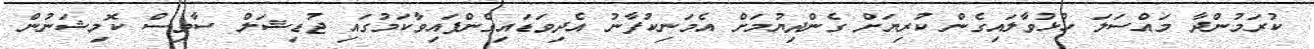
ކުރަމުންދާ މައްސަލަ ހުޅުވާލައިގެން ކުރިޔަށް ގެންދިޔުމަށް އެމަނިކުފާނު އެދިވަޑައިގެންފައިވާކަމުގައި ޖުޑިޝަލް ސާވިސް ކޮމިޝަނުން